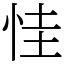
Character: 㤬